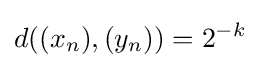
d((x_{n}),(y_{n}))=2^{-k}